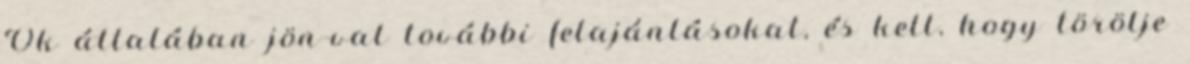
Ők általában jön-val további felajánlásokat, és kell, hogy törölje